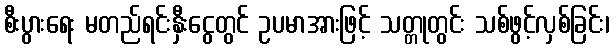
စီးပွားရေး မတည်ရင်းနှီးငွေတွင် ဥပမာအားဖြင့် သတ္တုတွင်း သစ်ဖွင့်လှစ်ခြင်း၊